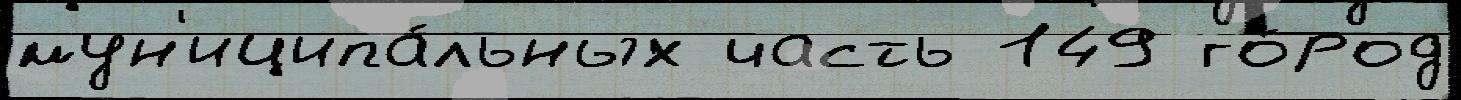
мун'иципа́льных часть 149 го́род